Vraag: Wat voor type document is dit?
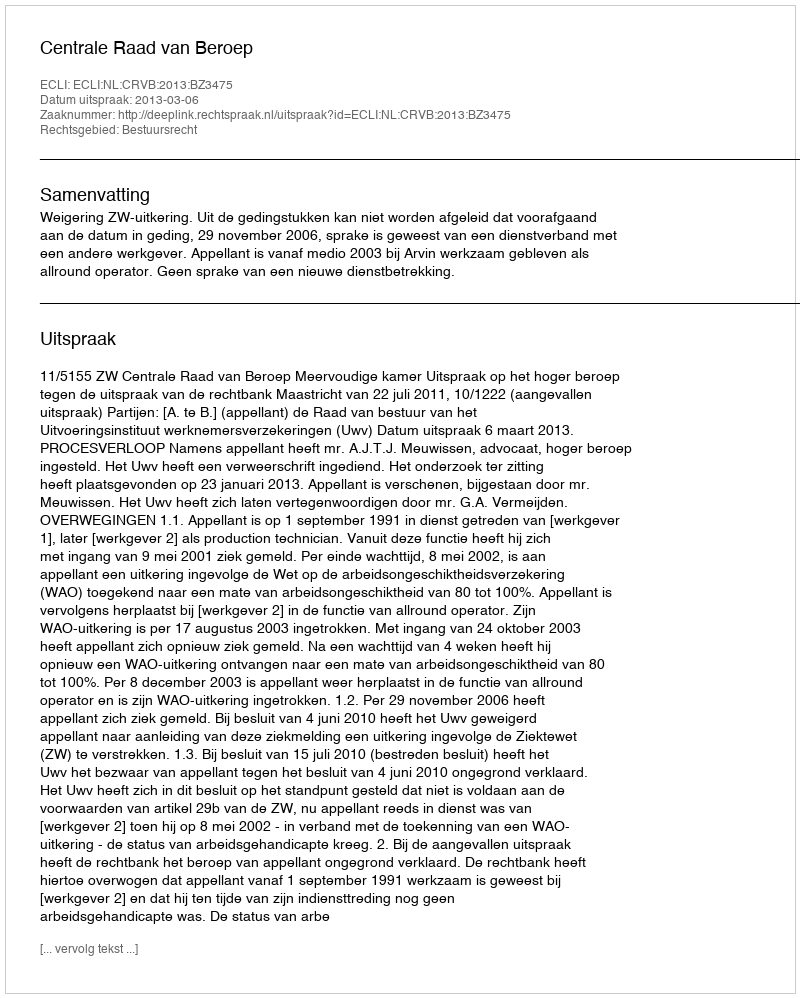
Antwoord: Uitspraak